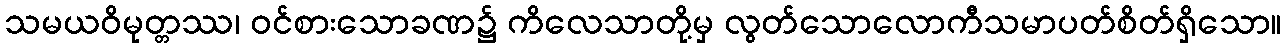
သမယဝိမုတ္တဿ၊ ဝင်စားသောခဏ၌ ကိလေသာတို့မှ လွတ်သောလောကီသမာပတ်စိတ်ရှိသော။